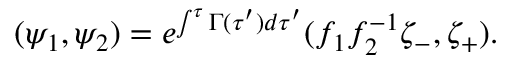
( \psi _ { 1 } , \psi _ { 2 } ) = e ^ { \int ^ { \tau } \Gamma ( \tau ^ { \prime } ) d \tau ^ { \prime } } ( f _ { 1 } f _ { 2 } ^ { - 1 } \zeta _ { - } , \zeta _ { + } ) .